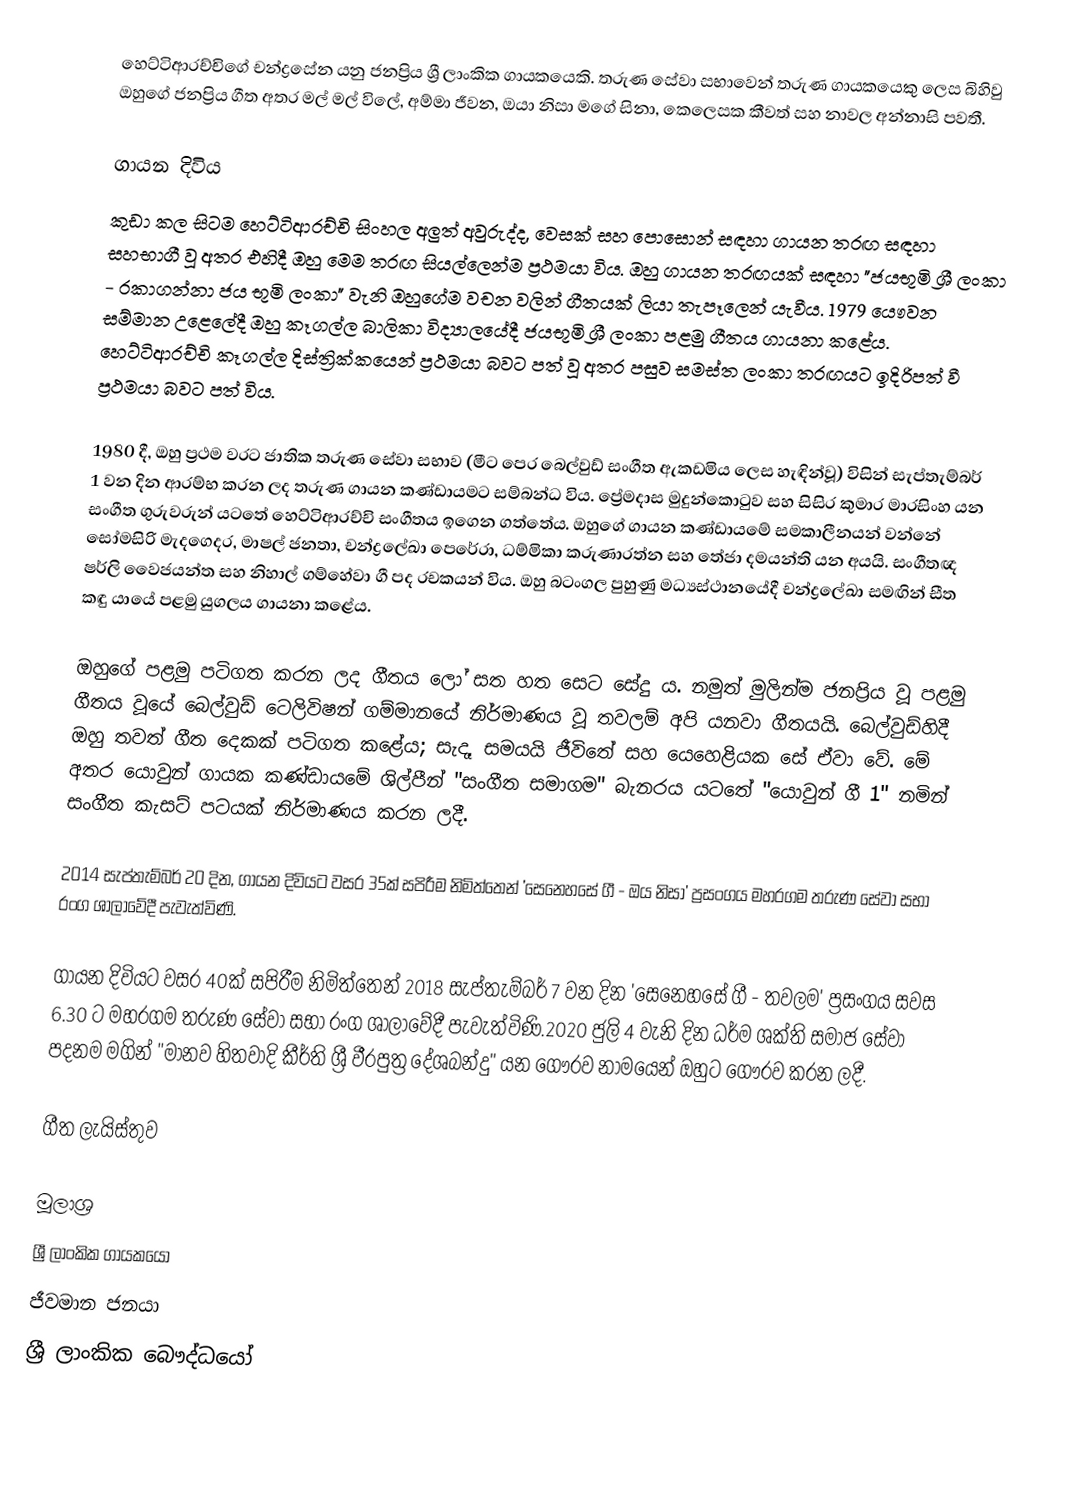
හෙට්ටිආරච්චිගේ චන්ද්‍රසේන යනු ජනප්‍රිය ශ්‍රී ලාංකික ගායකයෙකි. තරුණ සේවා සභාවෙන් තරුණ ගායකයෙකු ලෙස බිහිවු ඔහුගේ ජනප්‍රිය ගීත අතර මල් මල් විලේ, අම්මා ජීවන, ඔයා නිසා මගේ සිනා, කෙලෙසක කීවත් සහ නාවල අන්නාසි පවතී.

ගායන දිවිය
කුඩා කල සිටම හෙට්ටිආරච්චි සිංහල අලුත් අවුරුද්ද, වෙසක් සහ පොසොන් සඳහා ගායන තරඟ සඳහා සහභාගී වූ අතර එහිදී ඔහු මෙම තරඟ සියල්ලෙන්ම ප්‍රථමයා විය. ඔහු ගායන තරඟයක් සඳහා "ජයභූමි ශ්‍රී ලංකා - රකාගන්නා ජය භූමි ලංකා" වැනි ඔහුගේම වචන වලින් ගීතයක් ලියා තැපෑලෙන් යැවීය. 1979 යෞවන සම්මාන උළෙලේදී ඔහු කෑගල්ල බාලිකා විද්‍යාලයේදී ජයභූමි ශ්‍රී ලංකා පළමු ගීතය ගායනා කළේය. හෙට්ටිආරච්චි කෑගල්ල දිස්ත්‍රික්කයෙන් ප්‍රථමයා බවට පත් වූ අතර පසුව සමස්ත ලංකා තරඟයට ඉදිරිපත් වී ප්‍රථමයා බවට පත් විය.

1980 දී, ඔහු ප්‍රථම වරට ජාතික තරුණ සේවා සභාව (මීට පෙර බෙල්වුඩ් සංගීත ඇකඩමිය ලෙස හැඳින්වූ) විසින් සැප්තැම්බර් 1 වන දින ආරම්භ කරන ලද තරුණ ගායන කණ්ඩායමට සම්බන්ධ විය. ප්‍රේමදාස මුදුන්කොටුව සහ සිසිර කුමාර මාරසිංහ යන සංගීත ගුරුවරුන් යටතේ හෙට්ටිආරච්චි සංගීතය ඉගෙන ගත්තේය. ඔහුගේ ගායන කණ්ඩායමේ සමකාලීනයන් වන්නේ සෝමසිරි මැදගෙදර, මාෂල් ජනතා, චන්ද්‍රලේඛා පෙරේරා, ධම්මිකා කරුණාරත්න සහ තේජා දමයන්ති යන අයයි. සංගීතඥ ෂර්ලි වෛජයන්ත සහ නිහාල් ගම්හේවා ගී පද රචකයන් විය. ඔහු බටංගල පුහුණු මධ්‍යස්ථානයේදී චන්ද්‍රලේඛා සමඟින් සීත කඳු යායේ පළමු යුගලය ගායනා කළේය.

ඔහුගේ පළමු පටිගත කරන ලද ගීතය ලෝ සත හත සෙට සේදු ය. නමුත් මුලින්ම ජනප්‍රිය වූ පළමු ගීතය වූයේ බෙල්වුඩ් ටෙලිවිෂන් ගම්මානයේ නිර්මාණය වූ තවලම් අපි යනවා ගීතයයි. බෙල්වුඩ්හිදී ඔහු තවත් ගීත දෙකක් පටිගත කළේය; සැදෑ  සමයයි ජීවිතේ සහ යෙහෙළියක සේ ඒවා වේ. මේ අතර යොවුන් ගායක කණ්ඩායමේ ශිල්පීන් "සංගීත සමාගම" බැනරය යටතේ "යොවුන් ගී 1" නමින් සංගීත කැසට් පටයක් නිර්මාණය කරන ලදී.

2014 සැප්තැම්බර් 20 දින, ගායන දිවියට වසර 35ක් සපිරීම නිමිත්තෙන් 'සෙනෙහසේ ගී - ඔය නිසා' ප්‍රසංගය මහරගම තරුණ සේවා සභා රංග ශාලාවේදී පැවැත්විණි.

ගායන දිවියට වසර 40ක් සපිරීම නිමිත්තෙන් 2018 සැප්තැම්බර් 7 වන දින 'සෙනෙහසේ ගී - තවලම' ප්‍රසංගය සවස 6.30 ට මහරගම තරුණ සේවා සභා රංග ශාලාවේදී පැවැත්විණි.2020 ජුලි 4 වැනි දින ධර්ම ශක්ති සමාජ සේවා පදනම මගින් "මානව හිතවාදි කීර්ති ශ්‍රී වීරපුත්‍ර දේශබන්දු" යන ගෞරව නාමයෙන් ඔහුට ගෞරව කරන ලදී.

ගීත ලැයිස්තුව

මූලාශ්‍ර
ශ්‍රී ලාංකික ගායකයෝ
ජීවමාන ජනයා
ශ්‍රී ලාංකික බෞද්ධයෝ